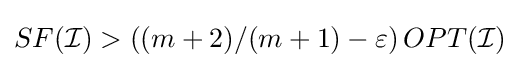
SF({\mathcal {I}})>\left((m+2)/(m+1)-\varepsilon \right)OPT({\mathcal {I}})